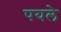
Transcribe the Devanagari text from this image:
पयले